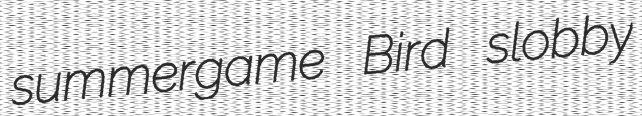
summergame Bird slobby